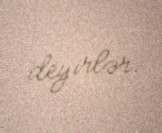
deyirlər.